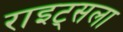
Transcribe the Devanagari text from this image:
राइट्सला